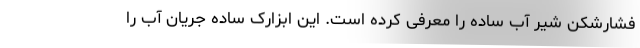
فشارشکن شیر آب ساده را معرفی کرده است. این ابزارک ساده جریان آب را